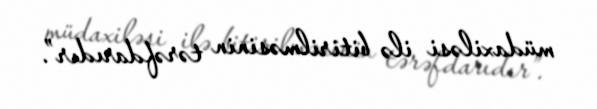
müdaxiləsi ilə bitirilməsinin tərəfdarıdır”.